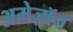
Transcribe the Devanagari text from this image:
अमेज़ॉन